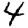
Digit: 4